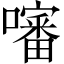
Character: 𡂹